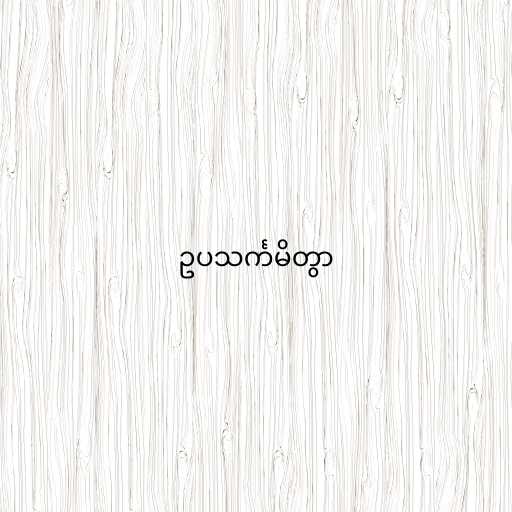
ဥပသင်္ကမိတွာ